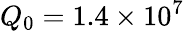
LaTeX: Q_{0}=1.4\times 10^{7}